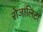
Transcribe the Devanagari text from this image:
रोजालिटा